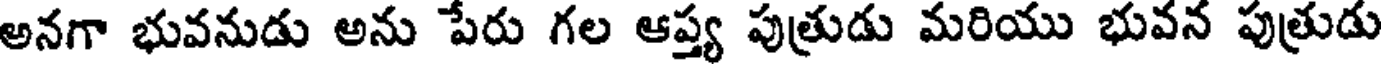
అనగా భువనుడు అను పేరు గల ఆప్త్య పుత్రుడు మరియు భువన పుత్రుడు